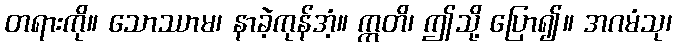
တရားကို။ သောဿာမ၊ နာခဲ့ကုန်အံ့။ ဣတိ၊ ဤသို့ ပြော၍။ အဂမံသု၊